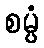
စမ္ပံ